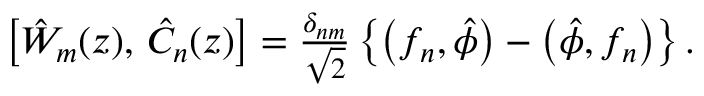
\begin{array} { r } { \bigl [ \hat { W } _ { m } ( z ) , \, \hat { C } _ { n } ( z ) \bigr ] = \frac { \delta _ { n m } } { \sqrt { 2 } } \left\{ \bigl ( f _ { n } , \hat { \phi } \bigr ) - \bigl ( \hat { \phi } , f _ { n } \bigr ) \right\} . } \end{array}